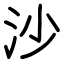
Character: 沙